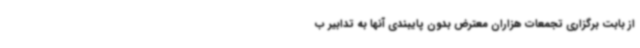
از بابت برگزاری تجمعات هزاران معترض بدون پایبندی آنها به تدابیر ب